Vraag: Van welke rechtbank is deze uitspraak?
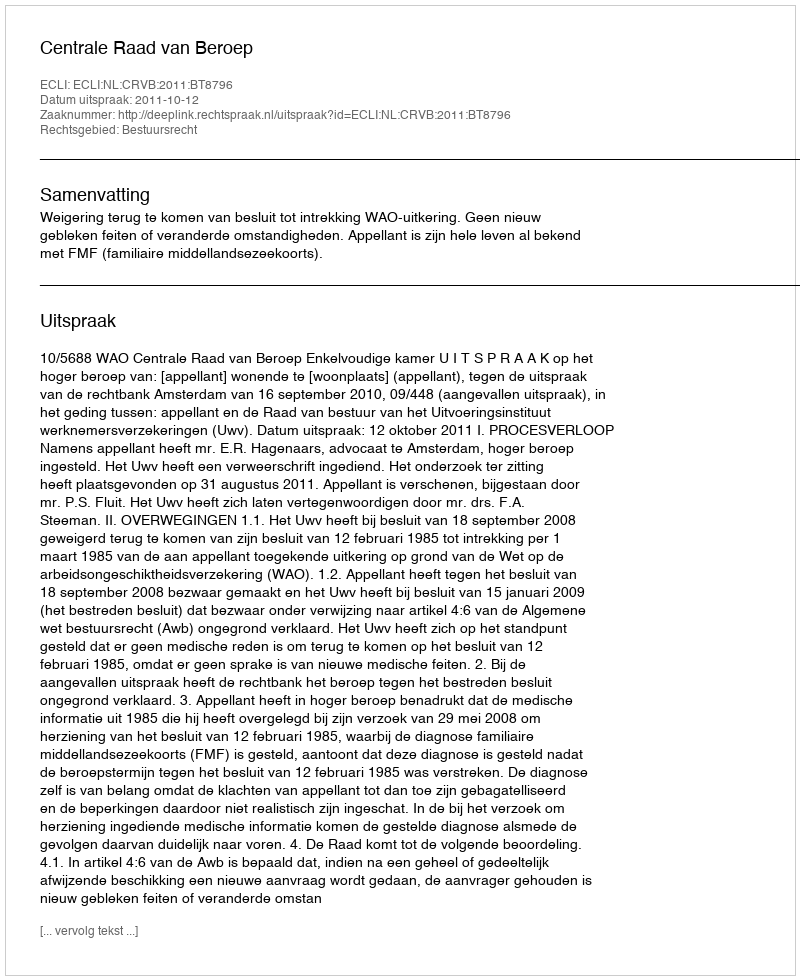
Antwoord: Centrale Raad van Beroep